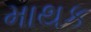
માથક